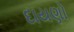
દાયણો